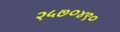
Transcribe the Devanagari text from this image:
२५७०४९०